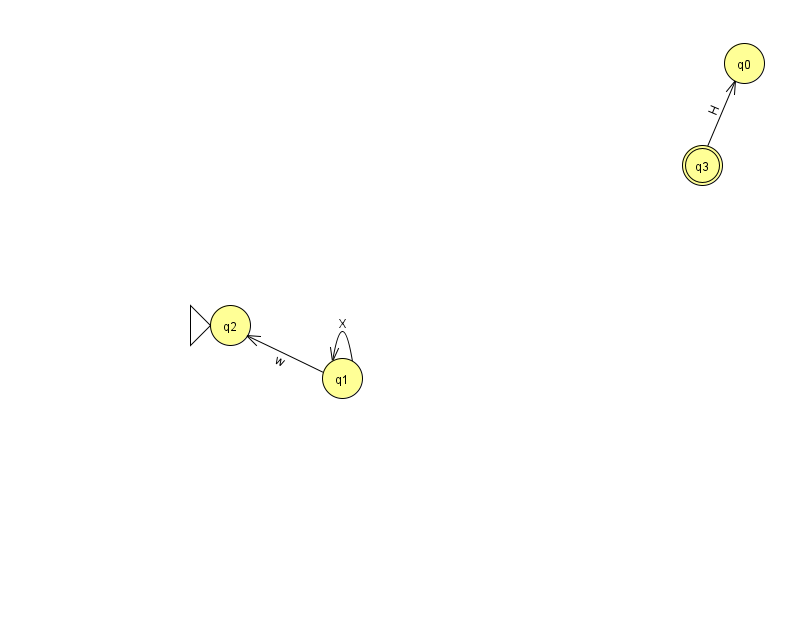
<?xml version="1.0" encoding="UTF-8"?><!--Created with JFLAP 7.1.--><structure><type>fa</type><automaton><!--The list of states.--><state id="0" name="q0"><x>744.0</x><y>50.0</y></state><state id="1" name="q1"><x>342.0</x><y>365.0</y></state><state id="2" name="q2"><x>230.0</x><y>312.0</y><initial/></state><state id="3" name="q3"><x>702.0</x><y>152.0</y><final/></state><!--The list of transitions.--><transition><from>1</from><to>2</to><read>w</read></transition><transition><from>1</from><to>1</to><read>X</read></transition><transition><from>3</from><to>0</to><read>H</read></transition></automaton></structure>